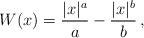
\begin{align*}W (x)=\frac{|x|^{a}}{a} - \frac{|x|^b}{b}\,,\end{align*}